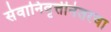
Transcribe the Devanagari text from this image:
सेवानिवृत्तीनंतरचा